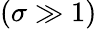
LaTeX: (\sigma\gg 1)